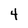
Character: 4